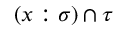
( x : \sigma ) \cap \tau